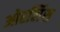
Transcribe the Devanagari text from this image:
ओरलिंस